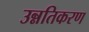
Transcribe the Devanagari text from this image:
उन्नतिकरण